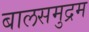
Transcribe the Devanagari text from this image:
बालसमुद्रम